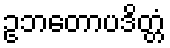
ဥဘတောပဒိတ္တံ